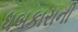
ધબકારાની